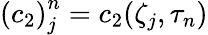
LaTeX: {\left(c_{2}\right)}_{j}^{n}=c_{2}(\zeta_{j},\tau_{n})